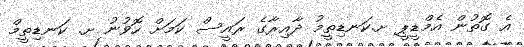
އެ ގޮތުން އެމްޑީޕީ ށ.ކަނޑިތީމު ދާއިރާގެ ރައީސް ކަމަށް ހޮވުނު ށ. ކަނޑިތީމް